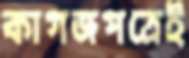
কাগজপত্রেই